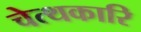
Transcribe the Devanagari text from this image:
चेत्थकारि